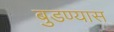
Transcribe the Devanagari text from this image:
बुडण्यास